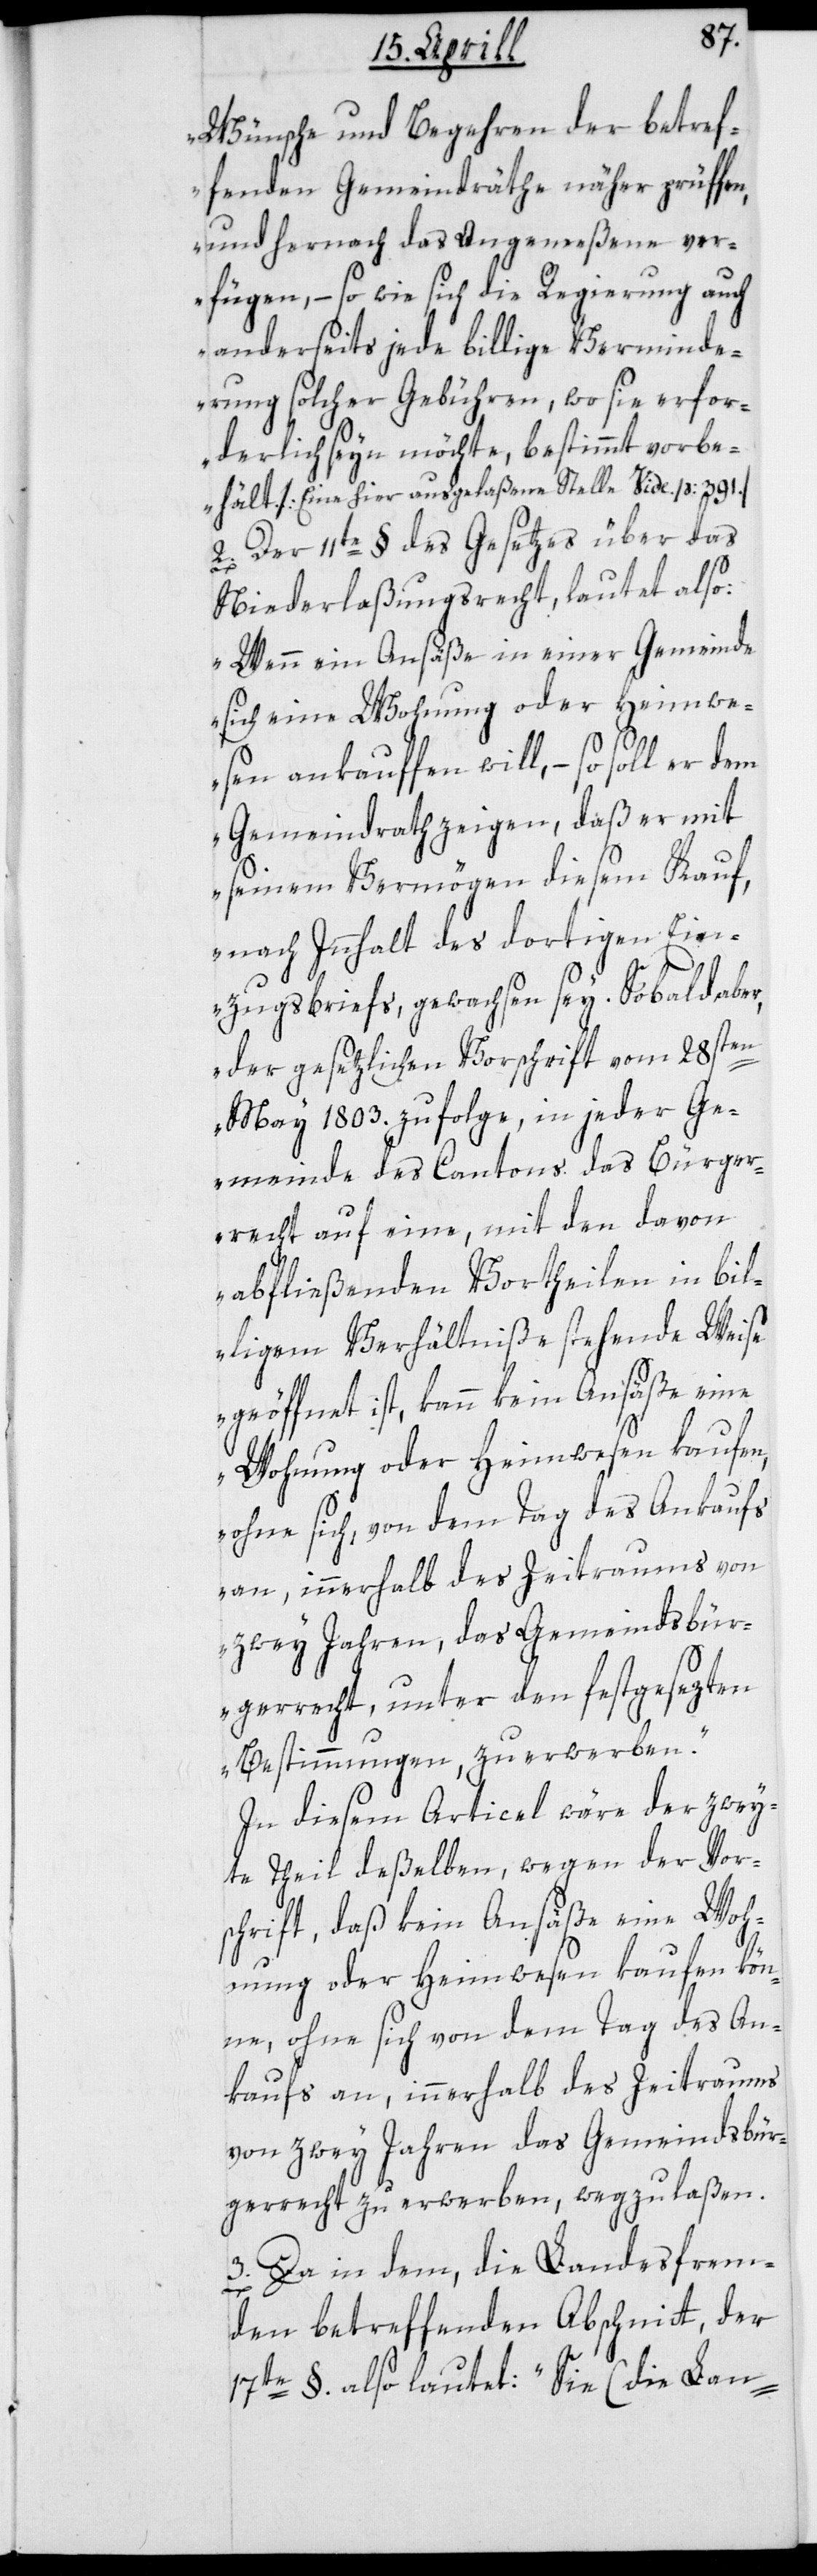
Wünsche und Begehren der betref¬
fenden Gemeindräthe näher prüffen,
und hernach das Angemeßene ver¬
fügen, – so wie sich die Regierung auch
anderseits jede billige Verminde¬
rung solcher Gebühren, wo sie erfor¬
derlich seyn möchte, bestimmt vorbe¬
hält“. [Eine hier ausgelaßene Stelle vide p: 391.
2. Der 11te § des Gesetzes über das
Niederlaßungsrecht, lautet also:
„Wenn ein Ansäße in einer Gemeinde
sich eine Wohnung oder Heimwe¬
sen ankauffen will, – so soll er
Gemeindrath zeigen, daß er mit
seinem Vermögen diesem Kauf,
nach Innhalt des dortigen Ein¬
zugsbriefs gewachsen sey. Sobald abe¬
r, der gesetzlichen Vorschrift vom 28sten
May 1803. zufolge, in jeder Ge¬
meinde des Cantons das Bürger¬
recht auf eine, mit den davon
abfließenden Vortheilen in bil¬
ligem Verhältniße stehende Weise
geöffnet ist, kann kein Ansäße eine
Wohnung oder Heimwesen kaufen,
ohne sich, von dem Tag des Ankaufs
an, innerhalb des Zeitraums von
zwey Jahren, das Gemeindsbür¬
gerrecht, unter den festgesezten
Bestimmungen, zu erwerben“.
In diesem Articel wäre der zwey¬
te Theil deßelben, wegen der Vor¬
schrift, daß kein Ansäße eine Woh¬
nung oder Heimwesen kaufen kön¬
ne, ohne sich von dem Tag des An¬
kaufs an, innerhalb des Zeitraums
von zwey Jahren, das Gemeindsbür¬
gerrecht zu erwerben, wegzulaßen.
3. Da in dem, die Landesfrem¬
den betreffenden Abschnitt, der
17te §. also lautet: „Sie (die Lan-